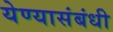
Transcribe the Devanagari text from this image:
येण्यासंबंधी